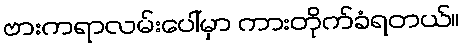
ဗားကရာလမ်းပေါ်မှာ ကားတိုက်ခံရတယ်။